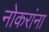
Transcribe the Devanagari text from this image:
नोकरांना